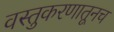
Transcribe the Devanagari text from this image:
वस्तुकरणातूनच